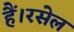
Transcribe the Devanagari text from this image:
हैं।रसेल